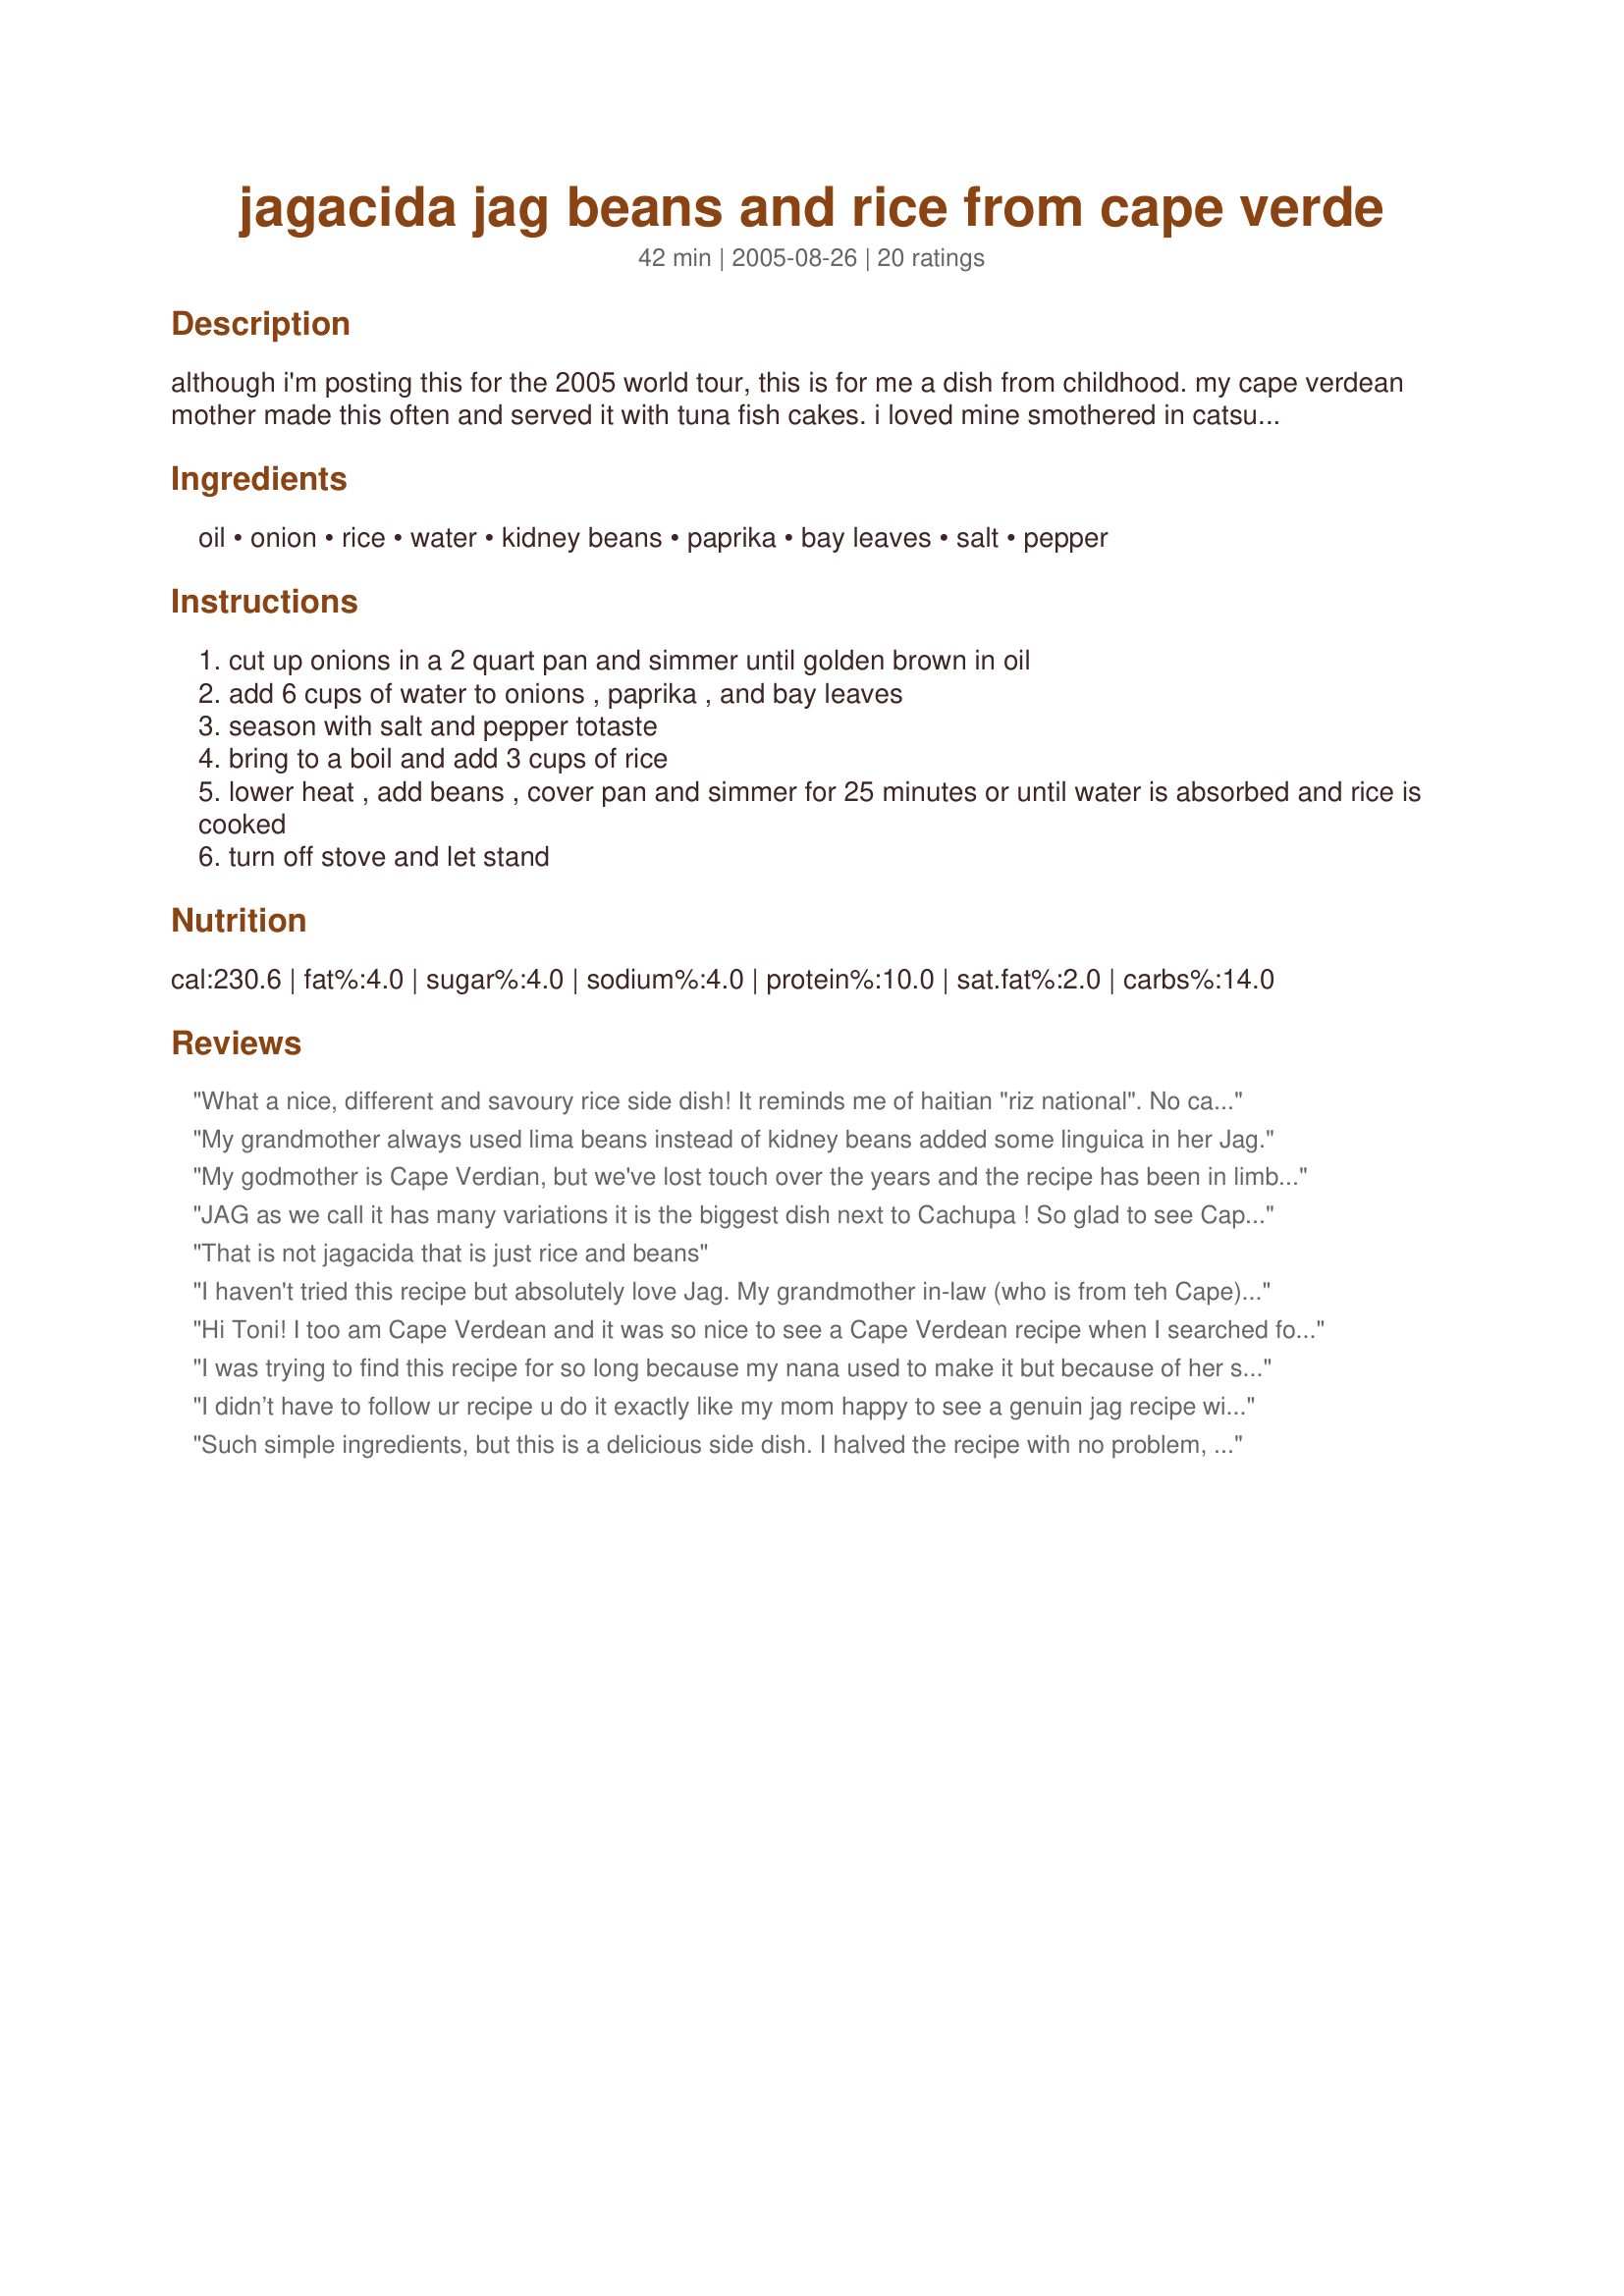
jagacida jag beans and rice from cape verde
Preparation time: 42 minutes

although i'm posting this for the 2005 world tour, this is for me a dish from childhood. my cape verdean mother made this often and served it with tuna fish cakes. i loved mine smothered in catsup. this makes a huge batch and we often served it reheated with more onions, linguica and fried eggs for breakfast the next day. traditionally, it is made with kidney or lima beans but i remember nana (my grandmother) making it with peas to accommodate my bean-hating aunt. enjoy!

Ingredients:
oil, onion, rice, water, kidney beans, paprika, bay leaves, salt, pepper

Steps:
cut up onions in a 2 quart pan and simmer until golden brown in oil
add 6 cups of water to onions , paprika , and bay leaves
season with salt and pepper totaste
bring to a boil and add 3 cups of rice
lower heat , add beans , cover pan and simmer for 25 minutes or until water is absorbed and rice is cooked
turn off stove and let stand

Reviews:
What a nice, different and savoury rice side dish! It reminds me of haitian "riz national". No catsup on mine, just as is to accompany ribs and roasted asparagus. Thanks for the nice discovery!
My grandmother always used lima beans instead of kidney beans added some linguica in her Jag.
My godmother is Cape Verdian, but we've lost touch over the years and the recipe has been in limbo. Thanks so much for posting it. Tastes as good as I remember.
JAG as we call it has many variations it is the biggest dish next to Cachupa ! So glad to see Cape Verden dishes on this sight . I must add several that I make like Canja Cachupa , Big Jag , Lake soup, Spinach Soup, wow! Cool
That is not jagacida that is just rice and beans
I haven't tried this recipe but absolutely love Jag. My grandmother in-law (who is from teh Cape) makes it with lima beans and it is so good. She also makes this with lots of butter instead of oil.

Will definitely give this version a try.
Hi Toni!
I too am Cape Verdean and it was so nice to see a Cape Verdean recipe when I searched for it! I don't even have to eat your version to rate it because it is EXACTLY how I make mine and I TOO loved it with Ketchup when I was a kid! That made me chuckle reading your note. We used to do the same the next morning IF there were any leftovers, which there wasn't very often. I plan on adding my recipes for Chicken & Monjorka and Munchupa soon! Stay well my Cape Verdean sister!
Lysa (Santos) Davis

I was trying to find this recipe for so long because my nana used to make it but because of her senility she couldn't remember the recipe...Thank you...it was great..
I didn’t have to follow ur recipe u do it exactly like my mom happy to see a genuin jag recipe without all the fancy additive ppl do to make more than what it is,awesome dude!
Such simple ingredients, but this is a delicious side dish. I halved the recipe with no problem, (but I still used the whole can of kidney beans). The onions and paprika flavor the rice and beans just right, and the dish looks pretty too. I liked this a lot, Toni. Thanks for sharing this family recipe!
Love this recipe, and the story behind it. The flavours are super; the bay leaf/smoked paprika combination works so well. I made this as a drastically scaled down, 2 portion dish. Proportinally this means I used more bay leaf than specified recipe, but it wasn't overpowering. I reckon this would also be good served cold as a rice salad. An uncontested 5 stars awarded by Mr and Mrs B.
This was great. The flavors are subtle, but it was slightly sweet from the golden brown onions, and slightly smoky from the paprika, which was nice. It was a little dry, but DH said that was perfect for him to add his picante sauce. He went back for a big second helping. I want to try the breakfast version with the leftovers! Thanks for posting your childhood favorite, Toni.
I haven't tried this recipe, but I too am Cape Verdean and use a similar recipe, but use Jasmine rice, which is sooooo flavorful in itself, I also use a packet of Goya Sazon, and a packet of Goya chicken bouillon (pollo con tomate) for flavor rather than paprika, garlic powder and salt and pepper to taste. It is absolutely delicious and goes with most anything. Glad to see Cape Verde represented on this site!
Great recipe!
For a meaty jag sautee chopped linguicia with onions to start (some added kale is always great too). For a &quot;summer jag&quot; add chopped zuchini and summer squash! Yuummm
I love this dish!!!!!!!!
Oh, yum! I toned down the rice and spices for three servings but kept the amount of onion and beans the same. Great!
You make jag with a stick of butter NOT OIL...melt butter add cut up onions stir and brown them... then add in water and rice, then add Paprika and salt to season. I also use a different portion of water to rice so its NOT so dry. Last I cut up small pieces and brown the linguica add at the end when everything is cooked. (linguica optional) Deeelish
Turned out rather dry,,I would suggest adding butter and perhaps the liquid from the beans.
I learned to make jag in the early 70's when I was a starving college student. Lucky for me that 5 of my close friends at the time were all Cape Verdian !! We would all get together and contribute what we had available and make a big enough pot for all 6 of us to eat. Only difference was we made ours with green peas instead of kidney beans. Good eating and a great memory !!
YUMMMMMMMMM. The dish is simple and delicious. My Husband is from Cape Verde & when I made the dish he recognized it as a dish from his island. That made me feel good! Of course I served this with fried eggs (over easy). I used dried kidney beans and cooked them in my slow cooker. Thank you so much! Please share more Cape Verdean recipes (do you have one for Cachupa?).
